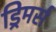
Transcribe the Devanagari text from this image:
ड्रिमर्स